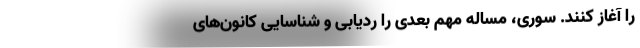
را آغاز کنند. سوری، مساله مهم بعدی را ردیابی و شناسایی کانون‌های